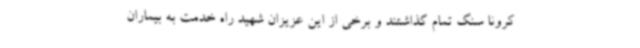
کرونا سنگ تمام گذاشتند و برخی از این عزیزان شهید راه خدمت به بیماران